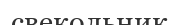
свекольник